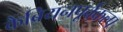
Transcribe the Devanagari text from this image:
कैंब्रियनपूर्वकल्प